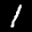
Label: 1